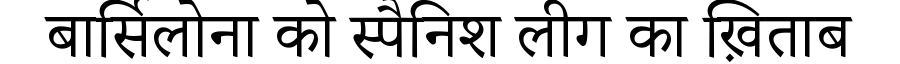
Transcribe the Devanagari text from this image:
बार्सिलोना को स्पैनिश लीग का ख़िताब